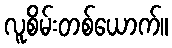
လူစိမ်းတစ်ယောက်။